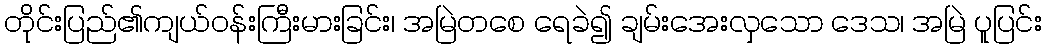
တိုင်းပြည်၏ကျယ်ဝန်းကြီးမားခြင်း၊ အမြဲတစေ ရေခဲ၍ ချမ်းအေးလှသော ဒေသ၊ အမြဲ ပူပြင်း